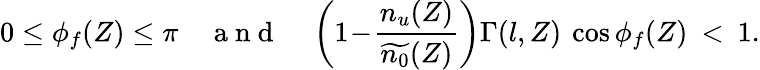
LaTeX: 0\le\phi_{f}(Z)\le\pi\quad\mathrm{~a~n~d~}\quad\left(1\! -\! \frac{n_{u}(Z)}{\widetilde{n_{0}}(Z)}\right)\Gamma(l,Z)\: \cos\phi_{f}(Z)\: <\: 1.